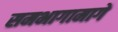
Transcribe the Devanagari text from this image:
समभागामागे